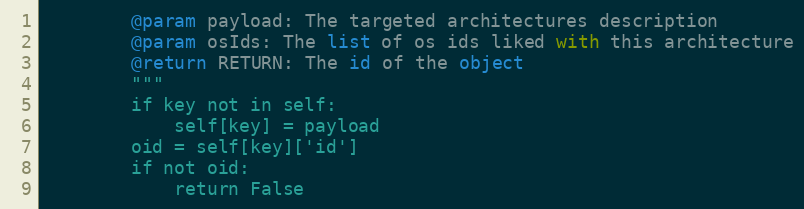
Language: Python
        @param payload: The targeted architectures description
        @param osIds: The list of os ids liked with this architecture
        @return RETURN: The id of the object
        """
        if key not in self:
            self[key] = payload
        oid = self[key]['id']
        if not oid:
            return False